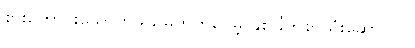
စားကောင်းသောက်ဖွယ်မဟုတ်ပေမဲ့ နှစ်ခြိုက်စွာသုံးဆောင်ပါ။